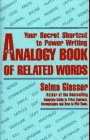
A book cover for The Analogy Book of Related Words: Your Secret Shortcut to Power Writing; Selma Glasser; Reference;